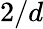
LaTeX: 2/d